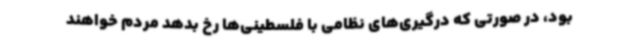
بود، در صورتی که درگیری‌های نظامی با فلسطینی‌ها رخ بدهد مردم خواهند